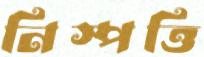
নিস্পত্তি